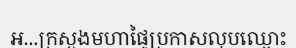
អ...ក្រសួងមហាផ្ទៃប្រកាសលុបឈ្មោះ